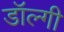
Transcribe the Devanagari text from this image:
डॉल्गी